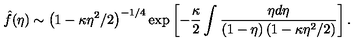
\hat { f } ( \eta ) \sim \left( 1 - \kappa \eta ^ { 2 } / 2 \right) ^ { - 1 / 4 } \exp \left[ - \frac { \kappa } 2 \int \frac { \eta d \eta } { ( 1 - \eta ) \left( 1 - \kappa \eta ^ { 2 } / 2 \right) } \right] .